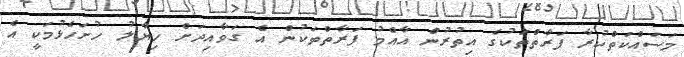
މަސައްކަތްކުރާ ފަރާތްތަކުގެ އިތުރުން އާއްމު ފަރާތްތަކުން އެ ގަވާއިދަށް ހިޔާލު ހުށަހެޅުމަކީ އެ